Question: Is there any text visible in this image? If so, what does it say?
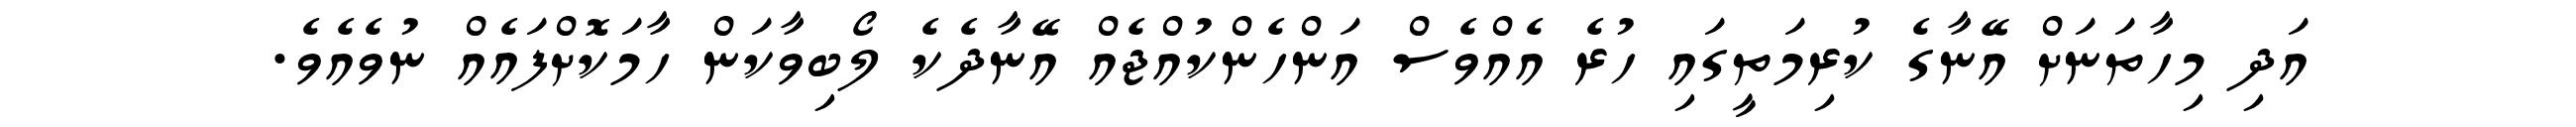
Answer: އަދި މިހާތަނަށް އޭނާގެ ކުރިމަތީގައި ހުރެ އެއްވެސް އަންހެންކުއްޖެއް އޭނާދެކެ ލޯބިވާކަން ހާމަކޮށްފައެއް ނުވެއެވެ.